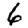
Digit: 6